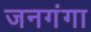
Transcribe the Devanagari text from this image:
जनगंगा